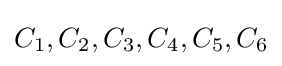
C_{1},C_{2},C_{3},C_{4},C_{5},C_{6}